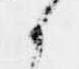
候